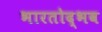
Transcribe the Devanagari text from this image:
भारतोद्भव